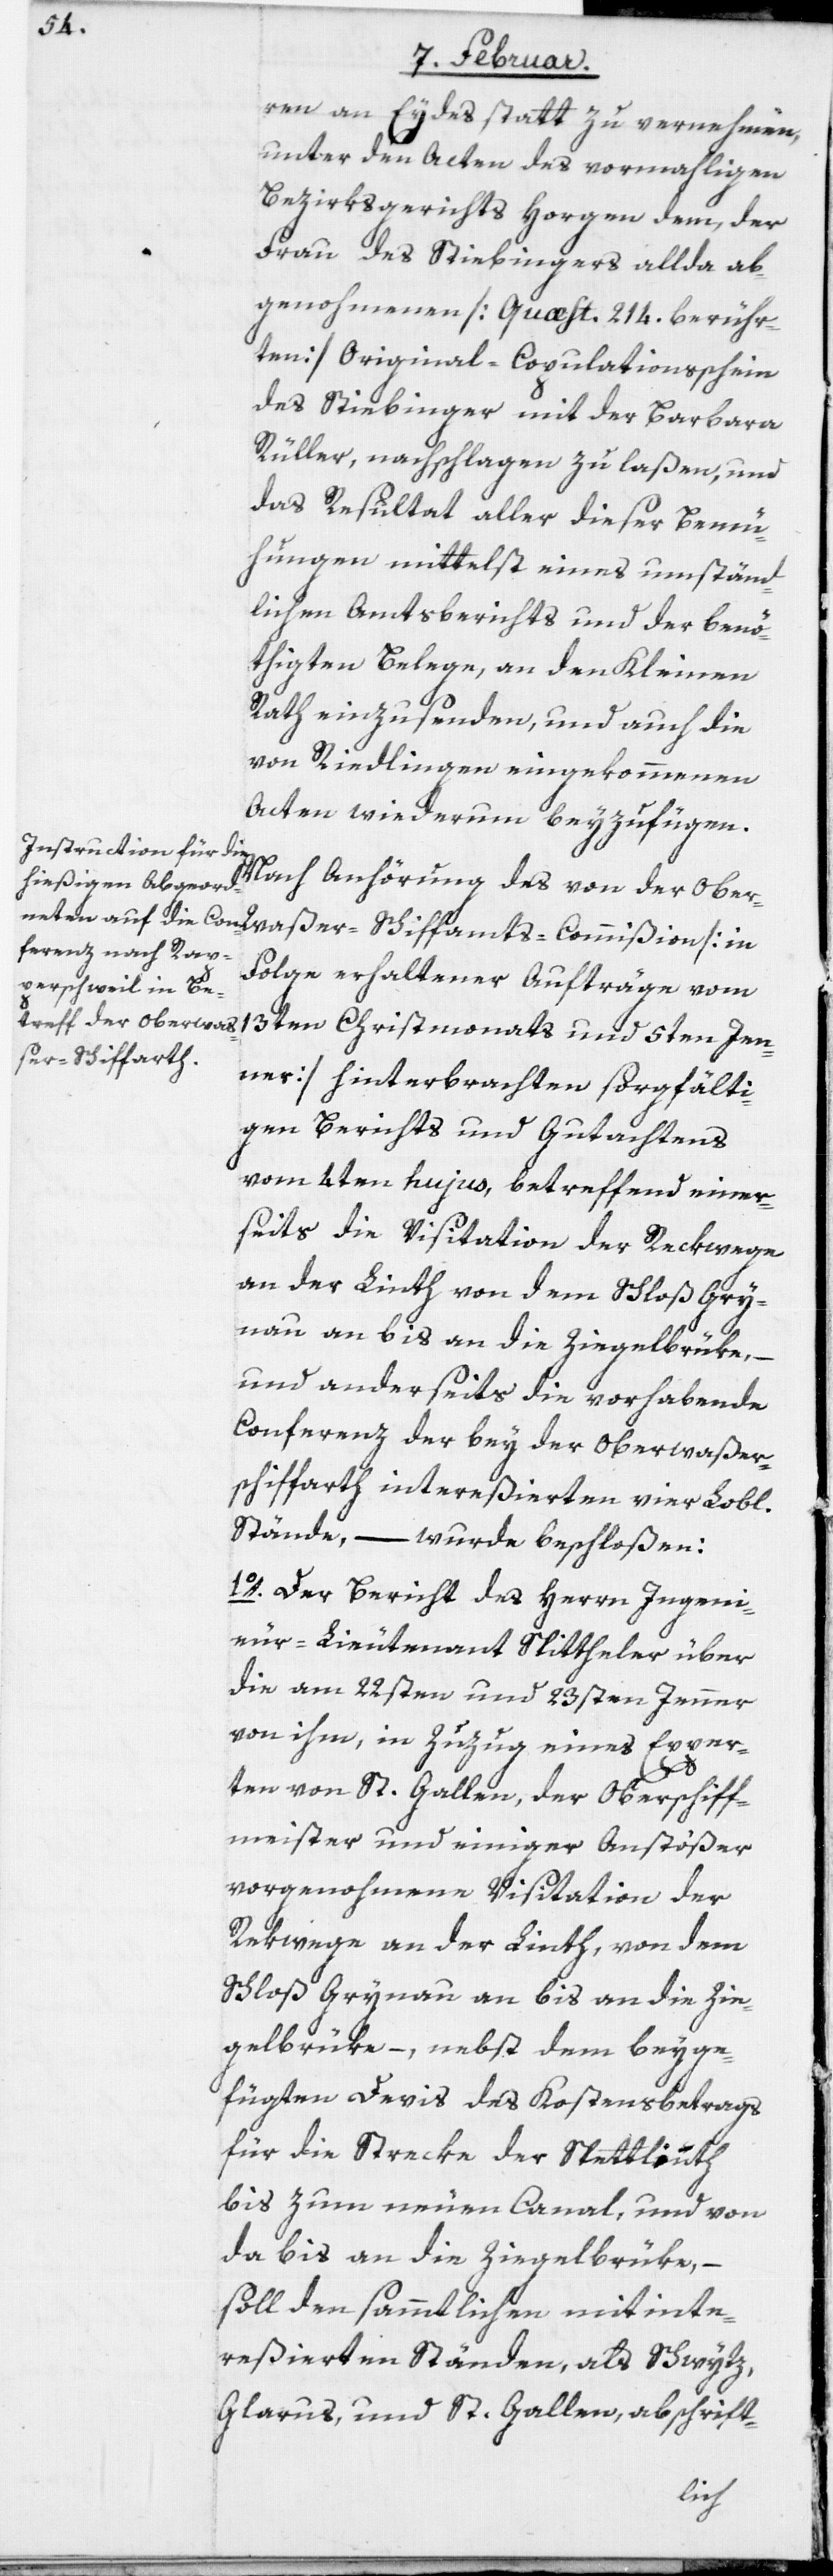
ren an Eydes statt zu vernehmen,
unter den Acten des vormahligen
Bezirksgerichts Horgen dem, der
Frau des Stiebingers allda ab¬
genohmenen [Quæst. 214. berühr¬
ten] Original-Copulationsschein
des Stiebinger mit der Barbara
Rüller, nachschlagen zu laßen, und
das Resultat aller dieser Bemü¬
hungen mittelst eines umständ¬
lichen Amtsberichts und der benö¬
thigten Belege, an den Kleinen
Rath einzusenden, und auch die
von Riedlingen eingekommenen
Acten wiederum beyzufügen.
Nach Anhörung des von der
Folge erhaltener Aufträge vom
13ten Christmonats und 5ten Jen¬
ner] hinterbrachten sorgfälti¬
gen Berichts und Gutachtens
vom 4ten hujus, betreffend einer¬
seits die Visitation der Reckwege
an der Linth von dem Schloß Gry¬
nau an bis an die Ziegelbrüke, –
und anderseits die vorhabende
Conferenz der bey der Oberwaßer-S¬
chiffarth intereßierten vier Lobl.
Stände, – wurde beschloßen:
1o. Der Bericht des Herrn Ingeni¬
eur-Lieutenant Spittheler über
die am 22sten und 23sten Jenner
von ihm, in Zuzug eines Exper¬
ten von St. Gallen, der Oberschiff¬
meister und einiger Anstößer
vorgenohmene Visitation der
Rekwege an der Linth, von dem
Schloß Grynau an bis an die Zie¬
gelbrüke, – nebst dem beyge¬
fügten Devis des Kostensbetrags
für die Streke der Spettlinth
bis zum neuen Canal, und von
da bis an die Ziegelbrüke, –
soll den sämtlichen mitinte¬
reßierten Ständen, als Schwytz,
Glarus, und St. Gallen, abschrift-